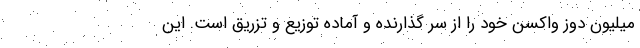
میلیون دوز واکسن خود را از سر گذارنده و آماده توزیع و تزریق است. این